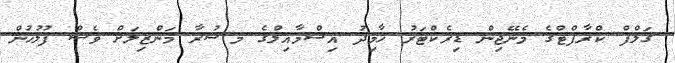
ގަލްފް ކްރާފްޓްގެ މެނޭޖިން ޑިރެކްޓަރު ހާމިދު އިސްމާއިލްގެ މ.ޝުރާ މަންޒިލަށް ވެސް ފުލުހުން